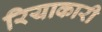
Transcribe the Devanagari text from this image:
रियाकारी